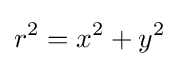
r^{2}=x^{2}+y^{2}